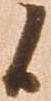
候